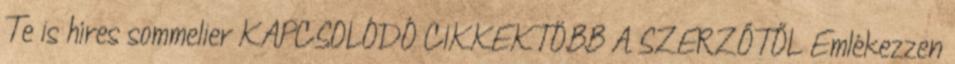
Te is híres sommelier KAPCSOLÓDÓ CIKKEKTÖBB A SZERZŐTŐL Emlékezzen